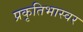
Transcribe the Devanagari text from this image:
प्रकृतिभास्वर